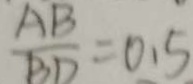
\frac { A B } { B D } = 0 . 5